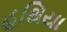
હથિયા